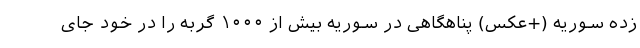
‌زده سوریه (+عکس) پناهگاهی در سوریه بیش از ۱۰۰۰ گربه را در خود جای